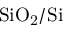
\mathrm { { S i O } _ { \mathrm { { 2 } } } / \mathrm { { S i } } }